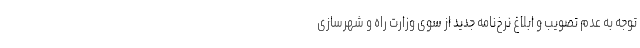
توجه به عدم تصویب و ابلاغ نرخ‌نامه جدید از سوی وزارت راه و شهرسازی